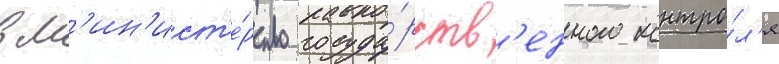
в м'ин'ист'е́рство госуда́рств'енного контро́л'я